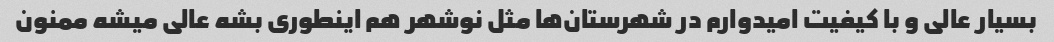
بسیار عالی و با کیفیت امیدوارم در شهرستان‌ها مثل نوشهر هم اینطوری بشه عالی میشه ممنون